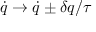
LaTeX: { \dot { q } } \rightarrow { \dot { q } } \pm \delta q / \tau